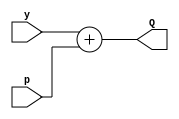
`timescale 1ns/1ns
module Adder_6_bit(input [5:0] y , input[5:0] p , output [5:0] Q);
  assign Q = y + p;

endmodule